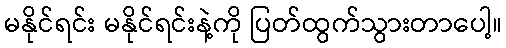
မနိုင်ရင်း မနိုင်ရင်းနဲ့ကို ပြတ်ထွက်သွားတာပေါ့။